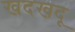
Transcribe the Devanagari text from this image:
खदखदू